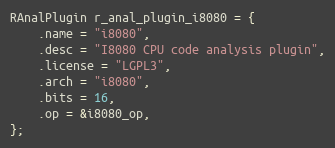
Language: C
RAnalPlugin r_anal_plugin_i8080 = {
	.name = "i8080",
	.desc = "I8080 CPU code analysis plugin",
	.license = "LGPL3",
	.arch = "i8080",
	.bits = 16,
	.op = &i8080_op,
};